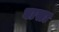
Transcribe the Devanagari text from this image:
घासा